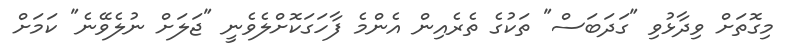
މިގޮތަށް ވިދާޅުވި "ގަދަބަސް" ތަކުގެ ތެރެއިން އެންމެ ފާހަގަކޮށްލެވެނީ "ޖަލަށް ނުލެވޭނެ" ކަމަށް